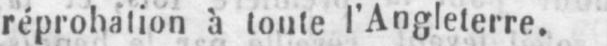
réprobation à toute l’Angleterre.